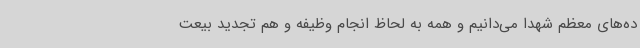
ده‌های معظم شهدا می‌دانیم و همه به لحاظ انجام وظیفه و هم تجدید بیعت